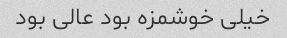
خیلی خوشمزه بود عالی بود